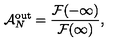
{ \cal A } _ { N } ^ { \mathrm { o u t } } = { \frac { { \cal F } ( - \infty ) } { { \cal F } ( \infty ) } } ,